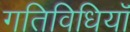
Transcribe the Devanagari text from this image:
गतिविधियॉं